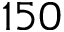
1 5 0